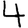
Digit: 4